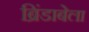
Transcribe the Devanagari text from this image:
ब्रिंडाबेला